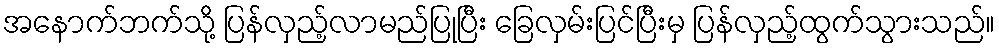
အနောက်ဘက်သို့ ပြန်လှည့်လာမည်ပြုပြီး ခြေလှမ်းပြင်ပြီးမှ ပြန်လှည့်ထွက်သွားသည်။